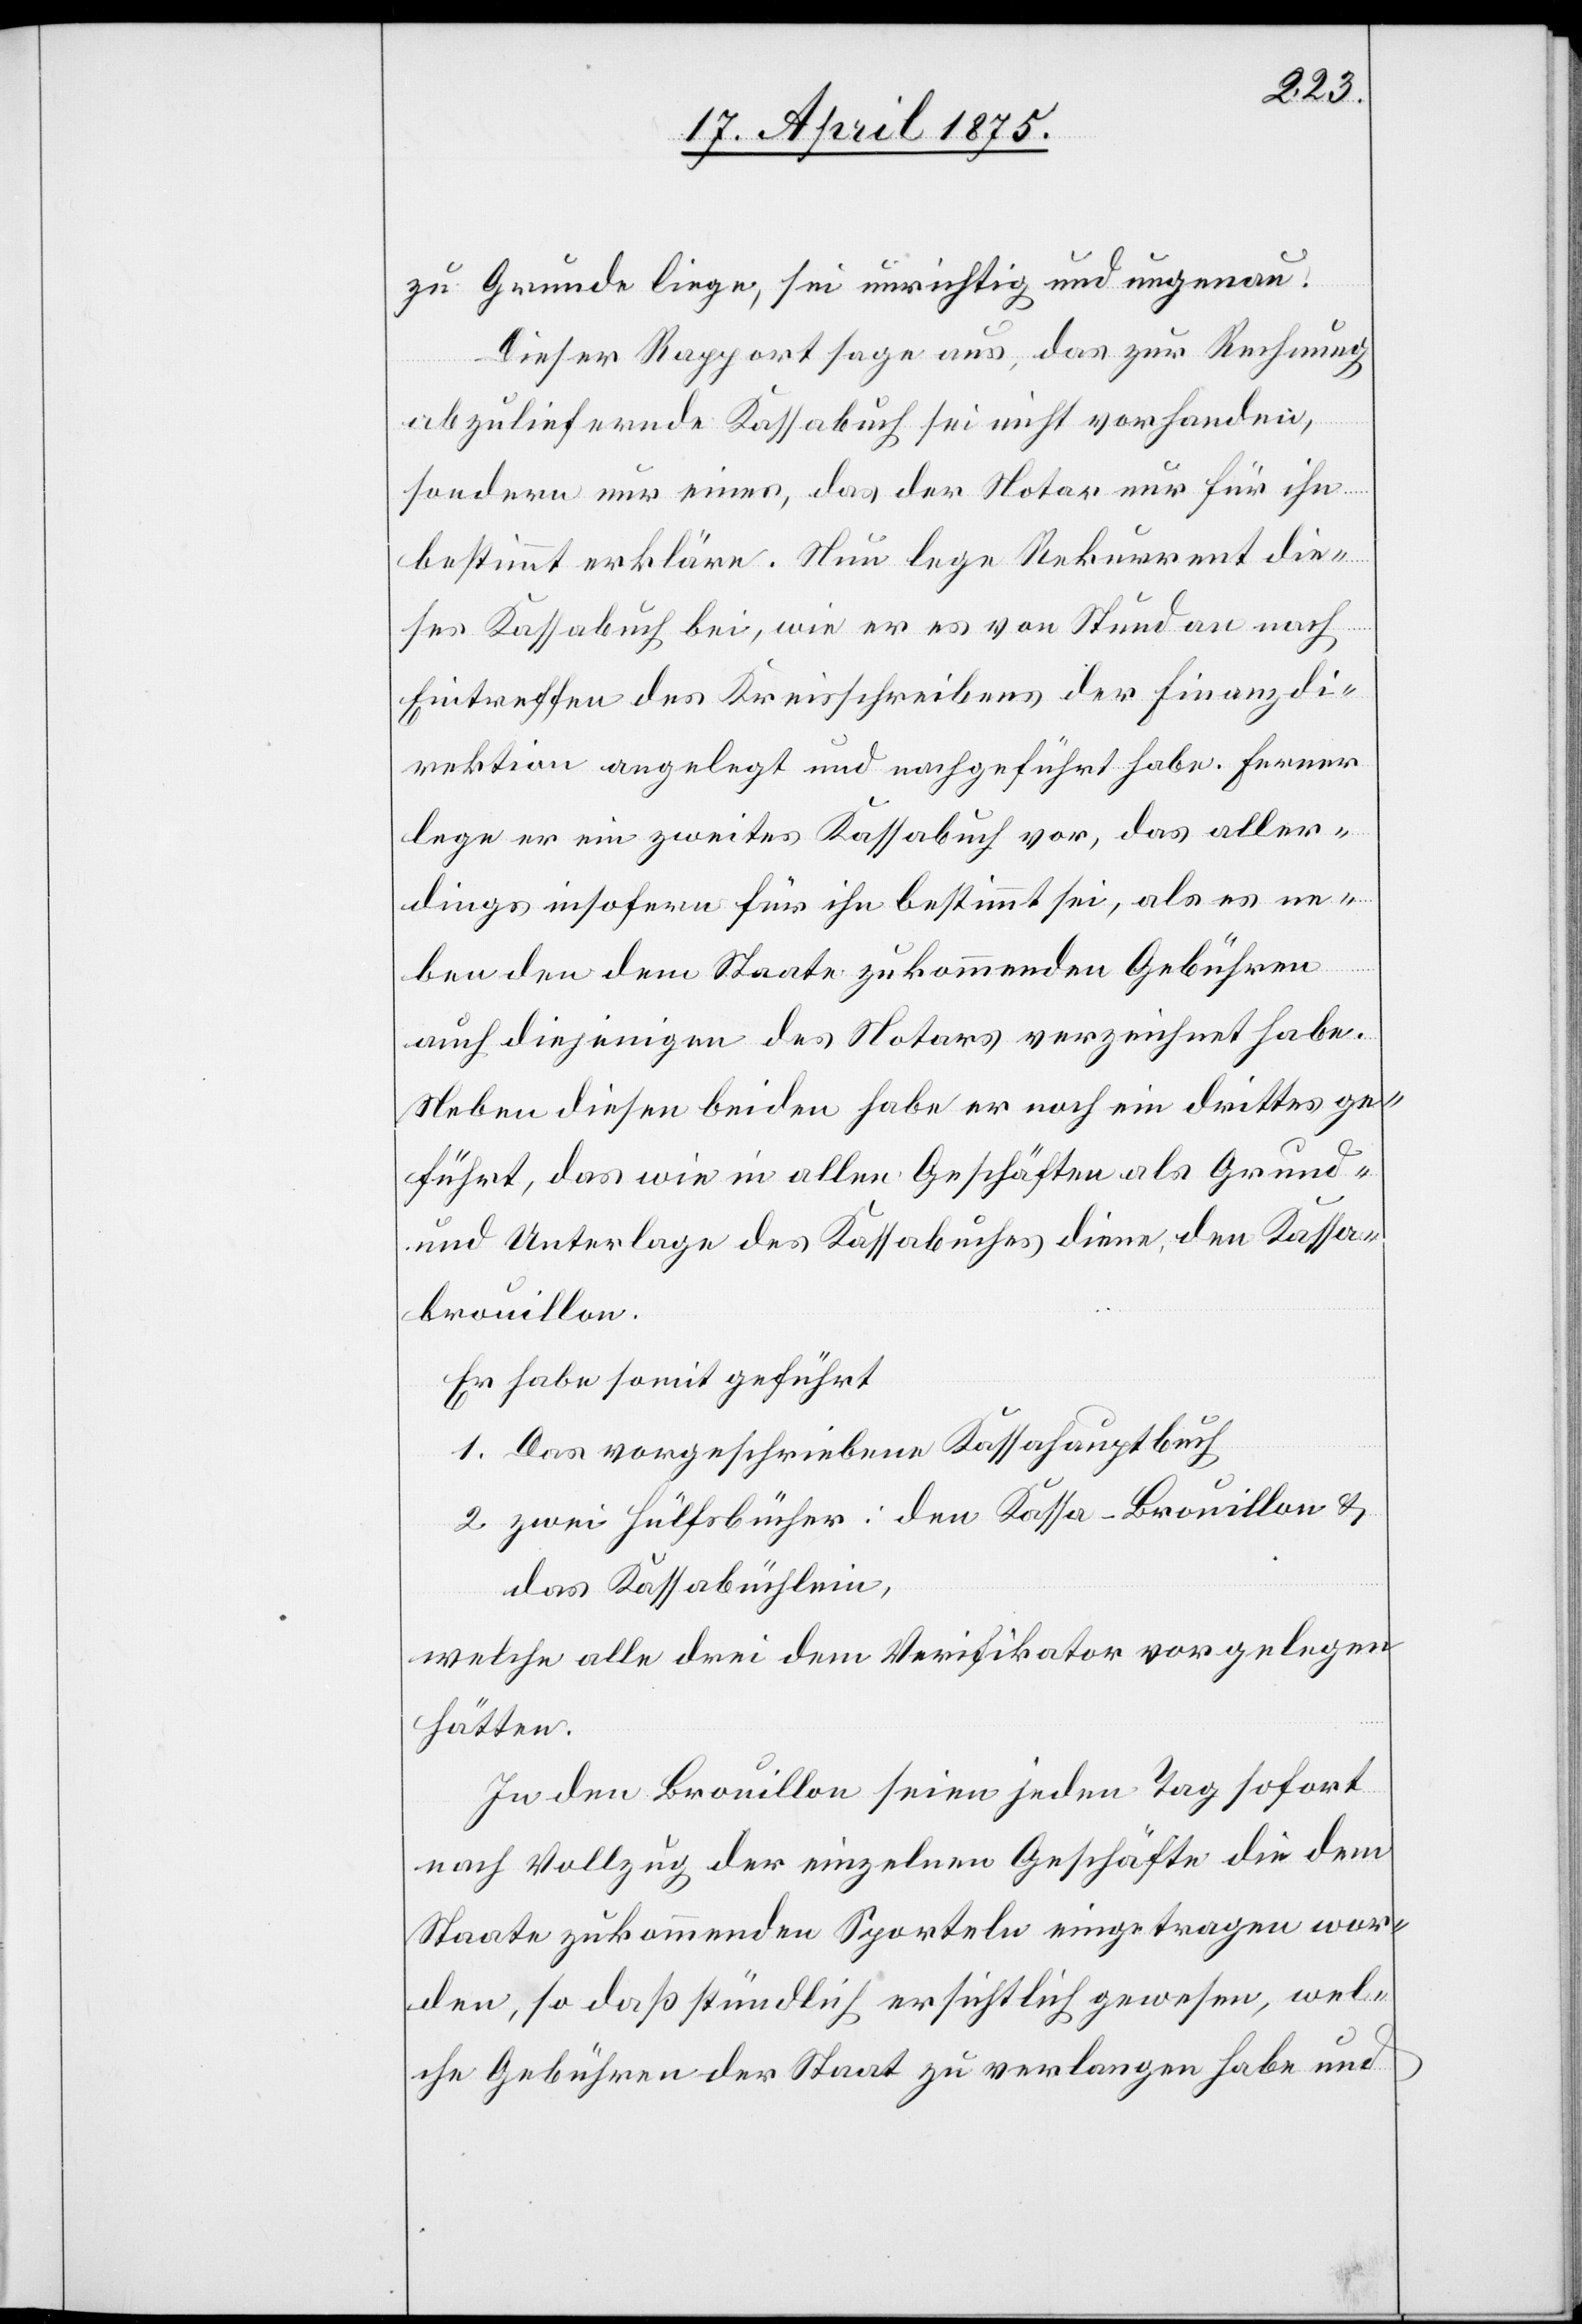
zu Grunde liege, sei unrichtig und ungenau.
Dieser Rapport sage aus, das zur Rechnung
abzuliefernde Kassabuch sei nicht vorhanden,
sondern nur einer, das der Notar nur für ihn
bestimmt erkläre. Neu lege Rekurrent die¬
ses Kassabuch bei, wie er es von Stund an nach
Eintreffen des Kreisschreibens der Finanzdi¬
rektion angelegt und nachgeführt habe. Ferner
lege er ein zweites Kassabuch vor, das aller¬
dings insofern für ihn bestimmt sei, als es ne¬
ben den dem Staate zukommenden Gebühren
auch diejenigen des Notars verzeichnet habe.
Neben diesen beiden habe er noch ein drittes ge¬
führt, das wie in allen Geschäften als Grund-
und Unterlage des Kassabuches diene, den Kassa¬
brouillon.
Er habe somit geführt
1. Das vorgeschriebene Kassahauptbuch
2. zwei Hülfsbücher: den Kassa-Brouillon &
das Kassabüchlein
welche alle drei dem Verifikator vorgelegen
hätten.
In den Brouillon seien jeden Tag sofort
nach Vollzug der einzelnen Geschäfte die dem
Staate zukommende Sporteln eingetragen wor¬
den, so daß stündlich ersichtlich gewesen, wel¬
che Gebühren der Staat zu verlangen habe und